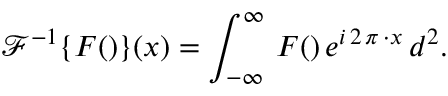
{ { \mathcal { F } ^ { - 1 } \{ F ( \v u ) \} } } ( \v x ) = \int _ { - \infty } ^ { \infty } \, F ( \v u ) \, e ^ { i \, 2 \, \pi \, \v u \cdot \v x } \, d ^ { 2 } \v u .